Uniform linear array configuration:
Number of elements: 48
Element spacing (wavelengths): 0.75
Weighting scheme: kaiser
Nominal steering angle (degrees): -60
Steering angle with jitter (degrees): -58.861
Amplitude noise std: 0.05
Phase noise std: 0.05

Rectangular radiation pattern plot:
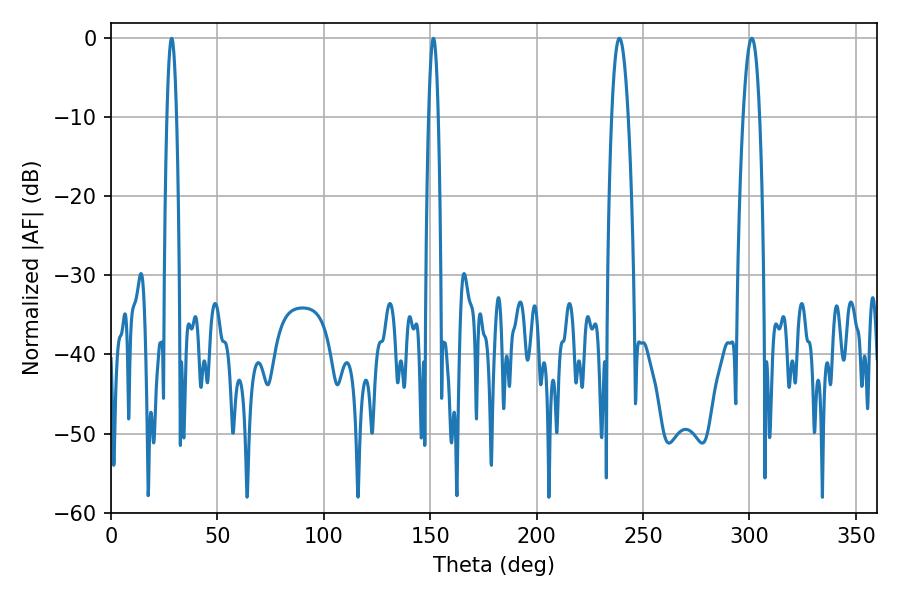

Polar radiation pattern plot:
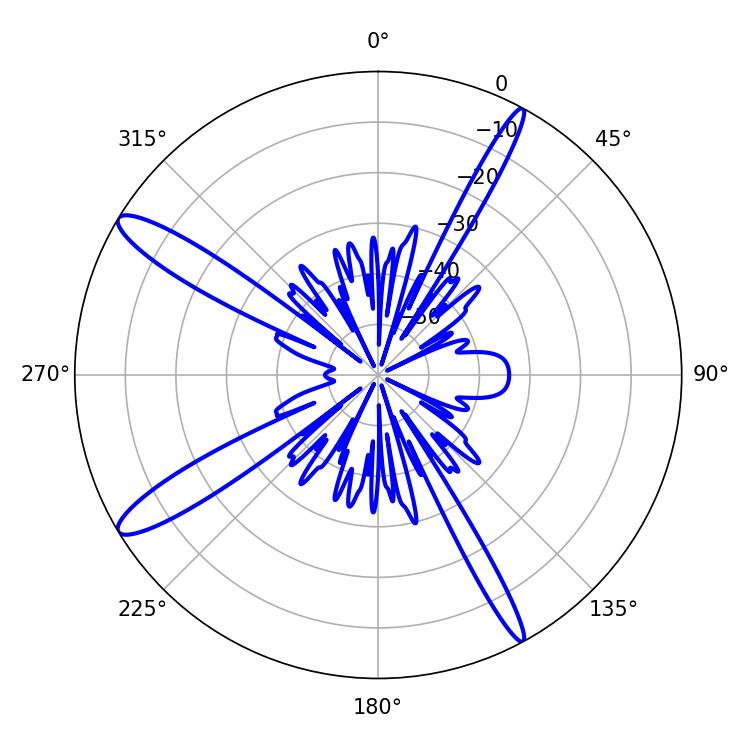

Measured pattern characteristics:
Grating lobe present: TRUE
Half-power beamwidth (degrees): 4.14
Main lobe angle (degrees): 238.86